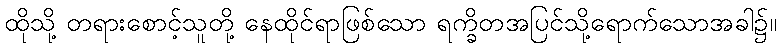
ထိုသို့ တရားစောင့်သူတို့ နေထိုင်ရာဖြစ်သော ရက္ခိတအပြင်သို့ရောက်သောအခါ၌။